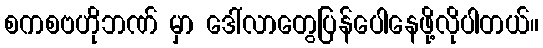
စကစဗဟိုဘဏ် မှာ ဒေါ်လာတွေပြန်ပေါနေဖို့လိုပါတယ်။